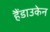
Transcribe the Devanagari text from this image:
हैंडाउकेन